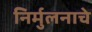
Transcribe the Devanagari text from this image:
निर्मुलनाचे